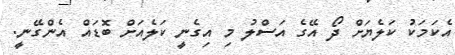
އެކަމަކު ކަލެޔަށް ދޯ އޭގެ އަސްލު މި އިގެނީ ކަލެއަށް ބޮޑައް އެންގޭނީ.